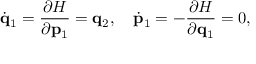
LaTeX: \dot { \bf q } _ { 1 } = { \frac { \partial H } { \partial { \bf p } _ { 1 } } } = { \bf q } _ { 2 } , \quad \dot { \bf p } _ { 1 } = - { \frac { \partial H } { \partial { \bf q } _ { 1 } } } = 0 ,